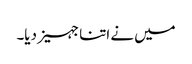
میں نے اتنا جہیز دیا۔